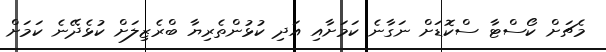
މެޗަށް ކޯސްޓާ ސްކޮޑަށް ނަގާނެ ކަމަށާއި އަދި ކުޅުންތެރިޔާ ބްރެޒިލަށް ކުޅެދޭނެ ކަމަށް